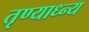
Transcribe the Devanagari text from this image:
तृण्याध्न्य